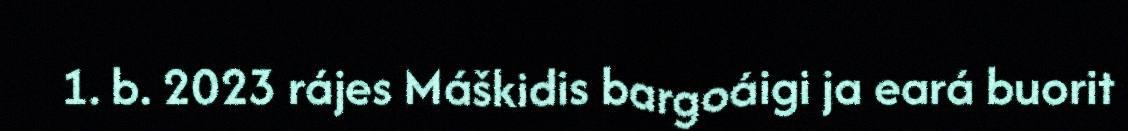
1. b. 2023 rájes Máškidis bargoáigi ja eará buorit